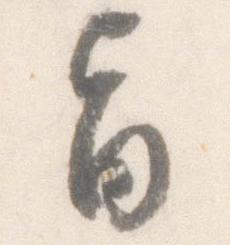
旨